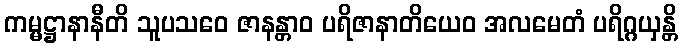
ကမ္မဋ္ဌာနာနီတိ သူပသဝေ ဇာနန္တာဝ ပရိဇာနာတိယေဝ အလမေတံ ပရိဂ္ဂယှန္တိ